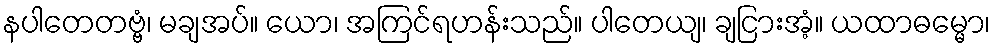
နပါတေတဗ္ဗံ၊ မချအပ်။ ယော၊ အကြင်ရဟန်းသည်။ ပါတေယျ၊ ချငြားအံ့။ ယထာဓမ္မော၊